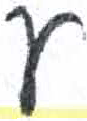
אות: ע